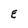
Character: E